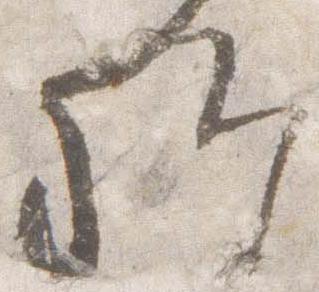
卿